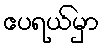
ဧပရယ်မှာ